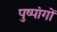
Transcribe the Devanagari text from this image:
पुष्पांगों